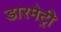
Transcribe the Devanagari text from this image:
डारमेट्री